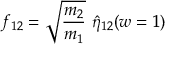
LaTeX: f _ { 1 2 } = \sqrt { \frac { m _ { 2 } } { m _ { 1 } } } \ \hat { \eta } _ { 1 2 } ( w = 1 )